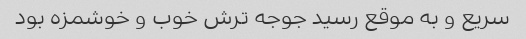
سریع و به موقع رسید جوجه ترش خوب و خوشمزه بود